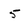
Character: 5